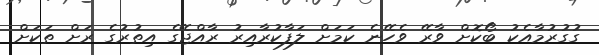
ގުގުރުމާއެކު ބޯކޮށް ވާރޭ ވެހޭނެ ކަމަށް ލަފާކުރާއިރު ރާއްޖޭގެ އިތުރުގެ ރަށް ތަކަށް